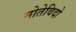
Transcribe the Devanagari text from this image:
मोतेविदो